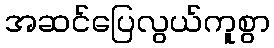
အဆင်ပြေလွယ်ကူစွာ